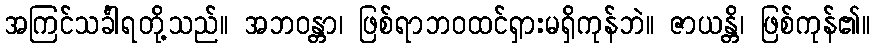
အကြင်သင်္ခါရတို့သည်။ အဘဝန္တာ၊ ဖြစ်ရာဘဝထင်ရှားမရှိကုန်ဘဲ။ ဇာယန္တိ၊ ဖြစ်ကုန်၏။